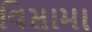
વિસામા